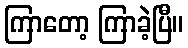
ကြာတော့ ကြာခဲ့ပြီ။